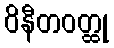
ဝိနီတဝတ္ထု